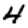
Digit: 4